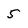
Character: 5